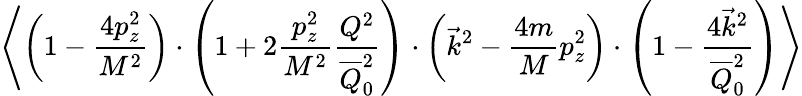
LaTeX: \left\langle\left(1-{\frac{4p_{z}^{2}}{M^{2}}}\right)\cdot\left(1+2{\frac{p_{z}^{2}}{M^{2}}}{\frac{Q^{2}}{\overline{{Q}}_{0}^{2}}}\right)\cdot\left(\vec{k}^{2}-{\frac{4m}{M}}p_{z}^{2}\right)\cdot\left(1-{\frac{4\vec{k}^{2}}{\overline{{Q}}_{0}^{2}}}\right)\right\rangle